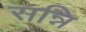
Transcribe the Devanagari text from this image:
सन्नि